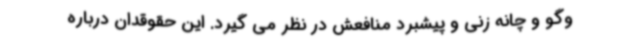
وگو و چانه زنی و پیشبرد منافعش در نظر می گیرد. این حقوقدان درباره